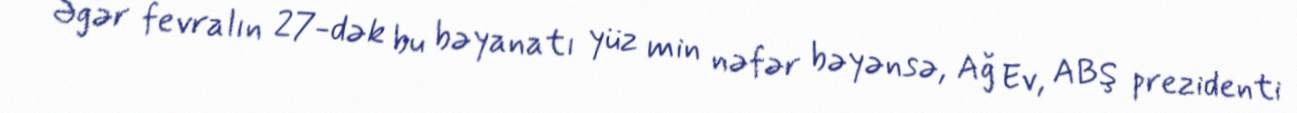
Əgər fevralın 27-dək bu bəyanatı yüz min nəfər bəyənsə, Ağ Ev, ABŞ prezidenti